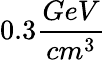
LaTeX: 0.3\frac{GeV}{cm^{3}}